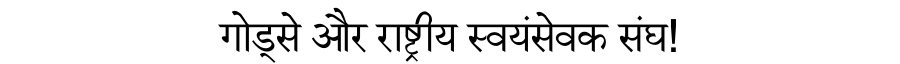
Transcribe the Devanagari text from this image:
गोड्से और राष्ट्रीय स्वयंसेवक संघ!